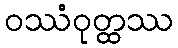
ဝဿံဝုတ္ထဿ